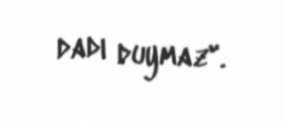
dadı duymaz".